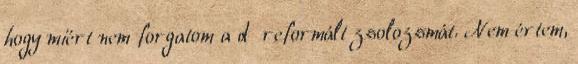
hogy miért nem forgatom a d reformált zsolozsmát. Nem értem,